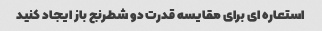
استعاره ای برای مقایسه قدرت دو شطرنج باز ایجاد کنید